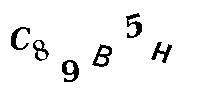
C89B5H